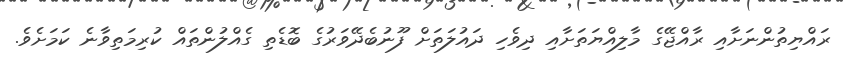
ރައްޔިތުންނަށާއި ރާއްޖޭގެ މާލިއްޔަތަށާއި ދިވެހި ދައުލަތަށް ފޫނުބެދޭވަރުގެ ބޮޑެތި ގެއްލުންތައް ކުރިމަތިވާނެ ކަމަށެވެ.